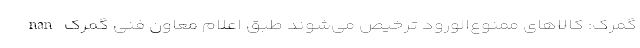
nan گمرک: کالاهای ممنوع‌الورود ترخیص می‌شوند طبق اعلام معاون فنی گمرک